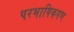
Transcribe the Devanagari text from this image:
परभाषिकपण